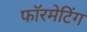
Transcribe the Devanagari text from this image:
फॉरमेटिंग